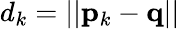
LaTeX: d_{k}=||{\mathbf p}_{k}-{\mathbf q}||